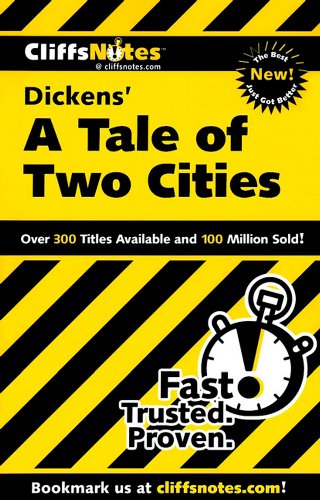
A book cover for CliffsNotes on Dickens' A Tale of Two Cities (Cliffsnotes Literature Guides); Marie Kalil; Literature & Fiction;